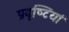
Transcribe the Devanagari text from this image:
प्रवृष्‍टियां